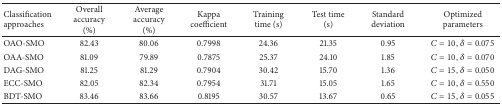
| Classification approaches | Overall accuracy (%) | Average accuracy (%) | Kappa coefficient | Training time (s) | Test time (s) | Standard deviation | Optimized parameters |
 | --- | --- | --- | --- | --- | --- | --- | --- |
 | OAO-SMO | 82.43 | 80.06 | 0.7998 | 24.36 | 21.35 | 0.95 | C = 10, δ = 0.075 |
 | OAA-SMO | 81.09 | 79.89 | 0.7875 | 25.37 | 24.10 | 1.85 | C = 10, δ = 0.070 |
 | DAG-SMO | 81.25 | 81.29 | 0.7904 | 30.42 | 15.70 | 1.36 | C = 15, δ = 0.050 |
 | ECC-SMO | 82.05 | 82.34 | 0.7954 | 31.71 | 15.05 | 1.65 | C = 10, δ = 0.550 |
 | BDT-SMO | 83.46 | 83.66 | 0.8195 | 30.57 | 13.67 | 0.65 | C = 15, δ = 0.055 |